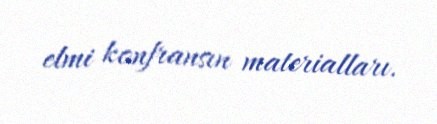
elmi konfransın materialları.